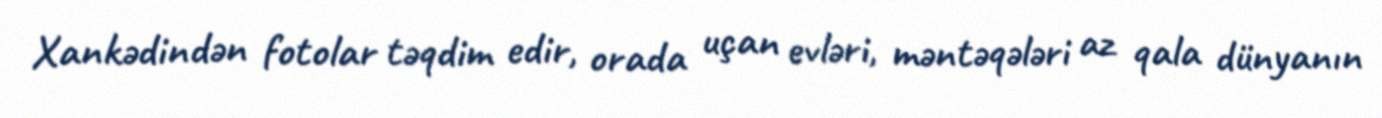
Xankədindən fotolar təqdim edir, orada uçan evləri, məntəqələri az qala dünyanın